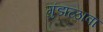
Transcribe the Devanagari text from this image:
गुंडाळावा